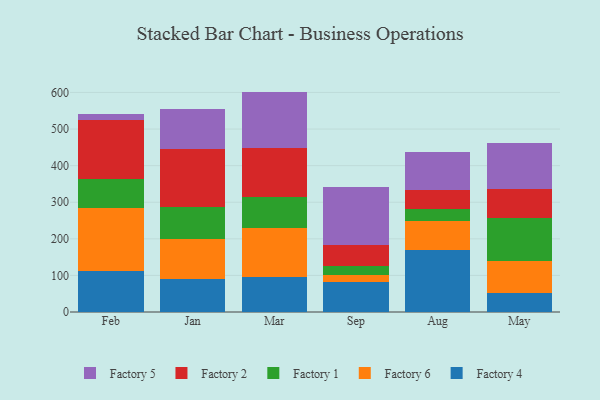
{"axis": {"x": "Month", "y": "Headcount"}, "legend": ["Factory 1", "Factory 2", "Factory 4", "Factory 5", "Factory 6"], "data": [{"x": "Feb", "y": 111.6, "type": "Factory 4"}, {"x": "Feb", "y": 173.0, "type": "Factory 6"}, {"x": "Feb", "y": 78.8, "type": "Factory 1"}, {"x": "Feb", "y": 162.5, "type": "Factory 2"}, {"x": "Feb", "y": 14.0, "type": "Factory 5"}, {"x": "Jan", "y": 91.5, "type": "Factory 4"}, {"x": "Jan", "y": 107.0, "type": "Factory 6"}, {"x": "Jan", "y": 89.4, "type": "Factory 1"}, {"x": "Jan", "y": 157.2, "type": "Factory 2"}, {"x": "Jan", "y": 110.5, "type": "Factory 5"}, {"x": "Mar", "y": 96.6, "type": "Factory 4"}, {"x": "Mar", "y": 132.5, "type": "Factory 6"}, {"x": "Mar", "y": 84.8, "type": "Factory 1"}, {"x": "Mar", "y": 134.4, "type": "Factory 2"}, {"x": "Mar", "y": 154.1, "type": "Factory 5"}, {"x": "Sep", "y": 80.9, "type": "Factory 4"}, {"x": "Sep", "y": 19.5, "type": "Factory 6"}, {"x": "Sep", "y": 25.2, "type": "Factory 1"}, {"x": "Sep", "y": 57.9, "type": "Factory 2"}, {"x": "Sep", "y": 157.6, "type": "Factory 5"}, {"x": "Aug", "y": 168.3, "type": "Factory 4"}, {"x": "Aug", "y": 81.4, "type": "Factory 6"}, {"x": "Aug", "y": 32.9, "type": "Factory 1"}, {"x": "Aug", "y": 50.4, "type": "Factory 2"}, {"x": "Aug", "y": 103.3, "type": "Factory 5"}, {"x": "May", "y": 53.3, "type": "Factory 4"}, {"x": "May", "y": 86.4, "type": "Factory 6"}, {"x": "May", "y": 118.2, "type": "Factory 1"}, {"x": "May", "y": 79.0, "type": "Factory 2"}, {"x": "May", "y": 124.8, "type": "Factory 5"}]}